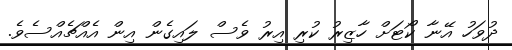
ދުވަހު އޭނާ ކޯޓަށް ހާޒިރު ކުރި އިރު ވެސް ލައިގެން އިން އެއްޗެއްސެވެ.